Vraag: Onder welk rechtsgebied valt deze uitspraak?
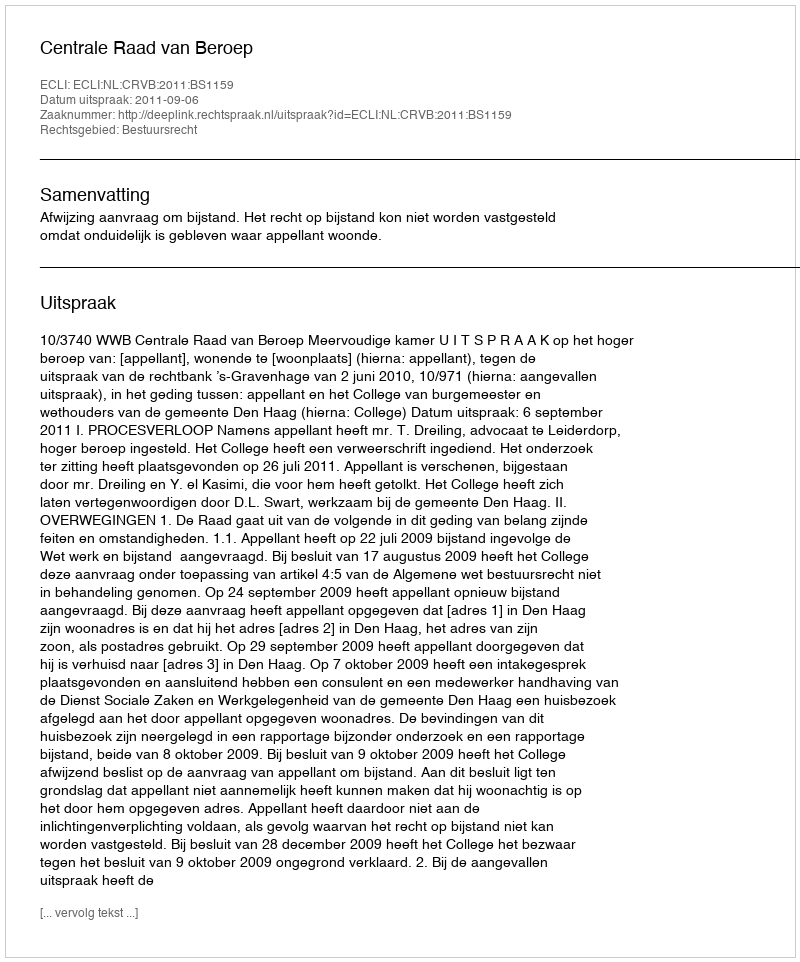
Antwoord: Bestuursrecht